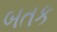
બતક